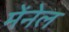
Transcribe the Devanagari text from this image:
मेंनेल